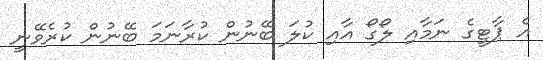
އެ ޕާޓީގެ ނަމާއި ލޯގޯ އާއި ކުލަ ބޭނުން ކުރާނަމަ ބޭނުން ކުރެވޭނީ